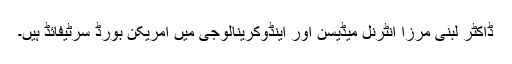
ڈاکٹر لبنیٰ مرزا انٹرنل میڈیسن اور اینڈوکرینالوجی میں‌ امریکن بورڈ سرٹیفائڈ ہیں۔